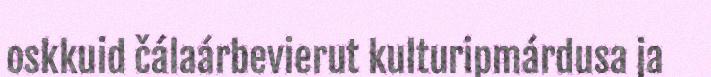
oskkuid čálaárbevierut kulturipmárdusa ja